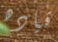
قياده